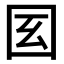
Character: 𡆻